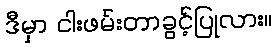
ဒီမှာ ငါးဖမ်းတာခွင့်ပြုလား။